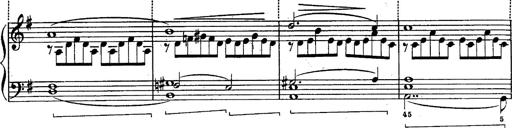
Title: Schubert's Impromptus [revised and edited by Franz Liszt]
Composer: Franz Liszt